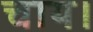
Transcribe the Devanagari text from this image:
चाय।